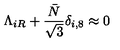
\Lambda _ { i R } + \frac { \bar { N } } { \sqrt 3 } \delta _ { i , 8 } \approx 0